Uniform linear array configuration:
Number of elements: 8
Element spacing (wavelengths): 0.25
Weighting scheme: kaiser
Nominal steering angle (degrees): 30
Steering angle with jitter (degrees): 28.244
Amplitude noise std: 0.05
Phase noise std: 0.05

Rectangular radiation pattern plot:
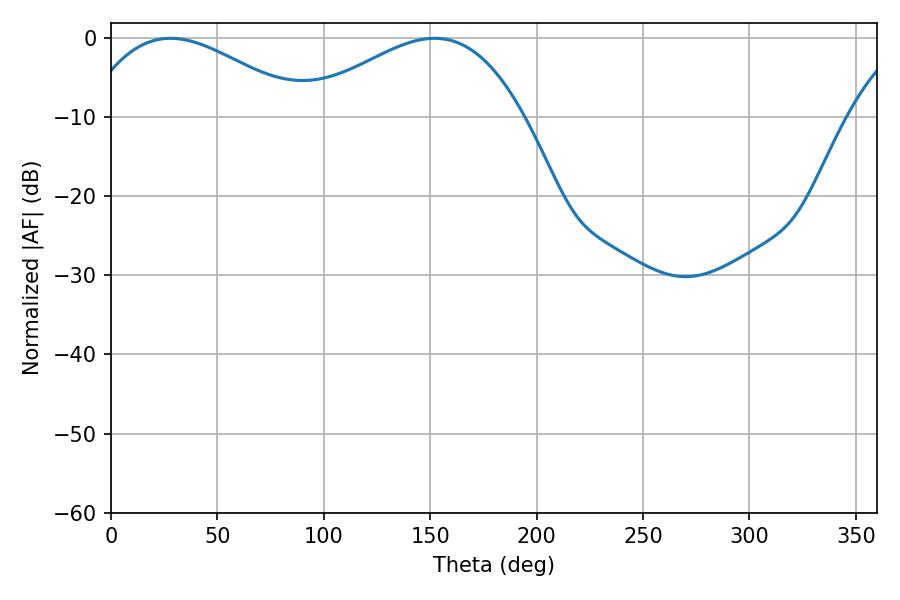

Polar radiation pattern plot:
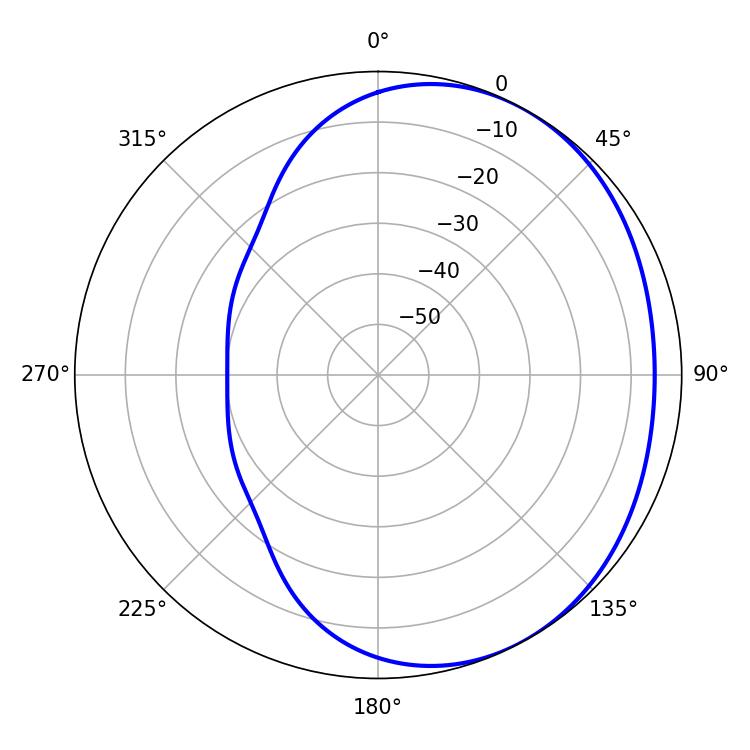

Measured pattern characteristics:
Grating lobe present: FALSE
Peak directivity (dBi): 2.497
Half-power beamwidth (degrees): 56.7
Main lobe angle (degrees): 27.9